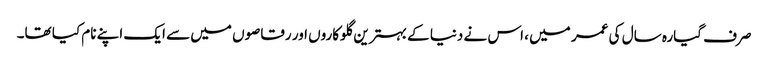
صرف گیارہ سال کی عمر میں ، اس نے دنیا کے بہترین گلوکاروں اور رقاصوں میں سے ایک اپنے نام کیا تھا۔